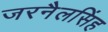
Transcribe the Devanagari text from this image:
जरनैलसिंह